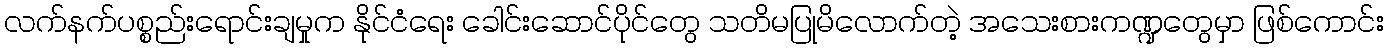
လက်နက်ပစ္စည်းရောင်းချမှုက နိုင်ငံရေး ခေါင်းဆောင်ပိုင်တွေ သတိမပြုမိလောက်တဲ့ အသေးစားကဏ္ဍတွေမှာ ဖြစ်ကောင်း